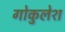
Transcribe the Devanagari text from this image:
गोकुलेश